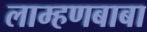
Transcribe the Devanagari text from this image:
लाम्हणबाबा